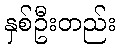
နှစ်ဦးတည်း